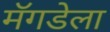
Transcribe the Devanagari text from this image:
मॅगडेला